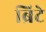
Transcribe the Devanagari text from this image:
ब्रिटे